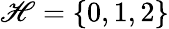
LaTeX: \mathscr{H}=\lbrace0,1,2\rbrace